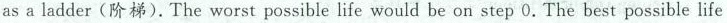
as a ladder (阶梯) .The worst possible life would be on step 0. The best possible life